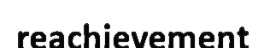
reachievement